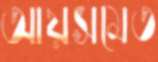
আয়সমেত